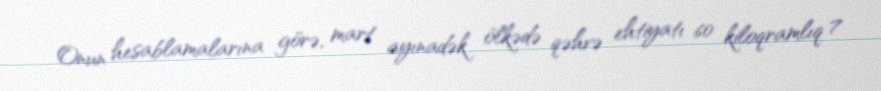
Onun hesablamalarına görə, mart ayınadək ölkədə qəhvə ehtiyatı 60 kiloqramlıq 7